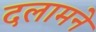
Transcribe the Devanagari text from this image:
दलामने